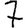
Digit: 7